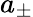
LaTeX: a_{\pm}